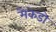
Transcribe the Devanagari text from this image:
मैकेडो